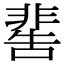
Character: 𩇸